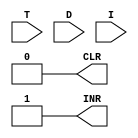
`timescale 1ns / 1ps
//////////////////////////////////////////////////////////////////////////////////
// Company: 
// Engineer: 
// 
// Design Name: 
// Module Name: SEQ_COUNTER_CLR
// Project Name: 
// Target Devices: 
// Tool Versions: 
// Description: 
// 
// Dependencies: 
// 
// Revision:
// Revision 0.01 - File Created
// Additional Comments:
// 
//////////////////////////////////////////////////////////////////////////////////


module SEQ_COUNTER_CLR(CLR, INR, T, D, I);

	input [7:0] T, D;
	input I;
	
	output CLR, INR;
	
	wire a1, a2, a3, a4, a5, o1, o2;
	wire In = ~I;
	wire r = D[7] & In & T[3];
	
	assign o1 = D[4] | D[3];
	assign a2 = o1 & T[4];
	assign a3 = D[7] & T[3];
	assign o2 = D[2] | D[1] | D[0] | D[5];
	assign a5 = o2 & T[5];
	
	assign CLR = 0;
	assign INR = (~CLR);
	
endmodule